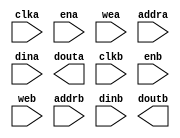
module bram(
  clka,
  ena,
  wea,
  addra,
  dina,
  douta,
  clkb,
  enb,
  web,
  addrb,
  dinb,
  doutb
);

parameter AW_A = 10;
parameter DW_A = 32;
parameter WE_A = 4;
parameter AW_B = 10;
parameter DW_B = 32;
parameter WE_B = 4;

input  clka;
input  ena;
input  [WE_A-1 : 0] wea;
input  [AW_A-1 : 0] addra;
input  [DW_A-1 : 0] dina;
output [DW_A-1 : 0] douta;
input  clkb;
input  enb;
input  [WE_B-1 : 0] web;
input  [AW_B-1 : 0] addrb;
input  [DW_B-1 : 0] dinb;
output [DW_B-1 : 0] doutb;

// synthesis translate_off

  BLK_MEM_GEN_V7_3 #(
    .C_ADDRA_WIDTH(32),
    .C_ADDRB_WIDTH(32),
    .C_ALGORITHM(1),
    .C_AXI_ID_WIDTH(4),
    .C_AXI_SLAVE_TYPE(0),
    .C_AXI_TYPE(1),
    .C_BYTE_SIZE(8),
    .C_COMMON_CLK(0),
    .C_DEFAULT_DATA("0"),
    .C_DISABLE_WARN_BHV_COLL(0),
    .C_DISABLE_WARN_BHV_RANGE(0),
    .C_ENABLE_32BIT_ADDRESS(1),
    .C_FAMILY("virtex6"),
    .C_HAS_AXI_ID(0),
    .C_HAS_ENA(1),
    .C_HAS_ENB(1),
    .C_HAS_INJECTERR(0),
    .C_HAS_MEM_OUTPUT_REGS_A(0),
    .C_HAS_MEM_OUTPUT_REGS_B(0),
    .C_HAS_MUX_OUTPUT_REGS_A(0),
    .C_HAS_MUX_OUTPUT_REGS_B(0),
    .C_HAS_REGCEA(0),
    .C_HAS_REGCEB(0),
    .C_HAS_RSTA(0),
    .C_HAS_RSTB(0),
    .C_HAS_SOFTECC_INPUT_REGS_A(0),
    .C_HAS_SOFTECC_OUTPUT_REGS_B(0),
    .C_INIT_FILE("BlankString"),
    .C_INIT_FILE_NAME("no_coe_file_loaded"),
    .C_INITA_VAL("0"),
    .C_INITB_VAL("0"),
    .C_INTERFACE_TYPE(0),
    .C_LOAD_INIT_FILE(0),
    .C_MEM_TYPE(2),
    .C_MUX_PIPELINE_STAGES(0),
    .C_PRIM_TYPE(1),
    .C_READ_DEPTH_A(16),
    .C_READ_DEPTH_B(16),
    .C_READ_WIDTH_A(32),
    .C_READ_WIDTH_B(32),
    .C_RST_PRIORITY_A("CE"),
    .C_RST_PRIORITY_B("CE"),
    .C_RST_TYPE("SYNC"),
    .C_RSTRAM_A(0),
    .C_RSTRAM_B(0),
    .C_SIM_COLLISION_CHECK("ALL"),
    .C_USE_BRAM_BLOCK(0),
    .C_USE_BYTE_WEA(1),
    .C_USE_BYTE_WEB(1),
    .C_USE_DEFAULT_DATA(0),
    .C_USE_ECC(0),
    .C_USE_SOFTECC(0),
    .C_WEA_WIDTH(4),
    .C_WEB_WIDTH(4),
    .C_WRITE_DEPTH_A(16),
    .C_WRITE_DEPTH_B(16),
    .C_WRITE_MODE_A("WRITE_FIRST"),
    .C_WRITE_MODE_B("WRITE_FIRST"),
    .C_WRITE_WIDTH_A(32),
    .C_WRITE_WIDTH_B(32),
    .C_XDEVICEFAMILY("virtex6")
  )
  inst (
    .CLKA(clka),
    .ENA(ena),
    .WEA(wea),
    .ADDRA(addra),
    .DINA(dina),
    .DOUTA(douta),
    .CLKB(clkb),
    .ENB(enb),
    .WEB(web),
    .ADDRB(addrb),
    .DINB(dinb),
    .DOUTB(doutb),
    .RSTA(),
    .REGCEA(),
    .RSTB(),
    .REGCEB(),
    .INJECTSBITERR(),
    .INJECTDBITERR(),
    .SBITERR(),
    .DBITERR(),
    .RDADDRECC(),
    .S_ACLK(),
    .S_ARESETN(),
    .S_AXI_AWID(),
    .S_AXI_AWADDR(),
    .S_AXI_AWLEN(),
    .S_AXI_AWSIZE(),
    .S_AXI_AWBURST(),
    .S_AXI_AWVALID(),
    .S_AXI_AWREADY(),
    .S_AXI_WDATA(),
    .S_AXI_WSTRB(),
    .S_AXI_WLAST(),
    .S_AXI_WVALID(),
    .S_AXI_WREADY(),
    .S_AXI_BID(),
    .S_AXI_BRESP(),
    .S_AXI_BVALID(),
    .S_AXI_BREADY(),
    .S_AXI_ARID(),
    .S_AXI_ARADDR(),
    .S_AXI_ARLEN(),
    .S_AXI_ARSIZE(),
    .S_AXI_ARBURST(),
    .S_AXI_ARVALID(),
    .S_AXI_ARREADY(),
    .S_AXI_RID(),
    .S_AXI_RDATA(),
    .S_AXI_RRESP(),
    .S_AXI_RLAST(),
    .S_AXI_RVALID(),
    .S_AXI_RREADY(),
    .S_AXI_INJECTSBITERR(),
    .S_AXI_INJECTDBITERR(),
    .S_AXI_SBITERR(),
    .S_AXI_DBITERR(),
    .S_AXI_RDADDRECC()
  );

// synthesis translate_on

endmodule